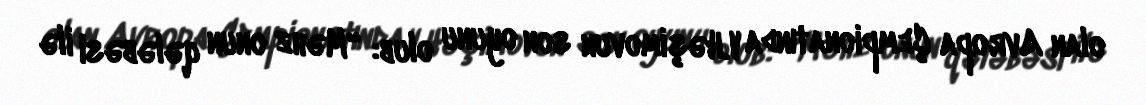
olan Avropa Çempionatında V.Həşimovun son oyunu olub: “Məhz onun qələbəsi ilə